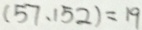
( 5 7 , 1 5 2 ) = 1 9